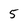
Character: 5